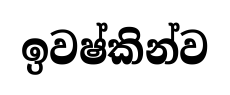
ඉවෂ්කින්ව